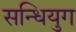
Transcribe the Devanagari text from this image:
सन्धियुग